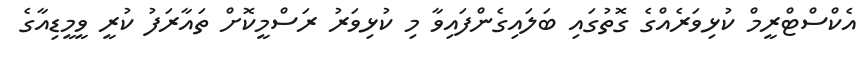
އެކްސްޓްރީމް ކުޅިވަރެއްގެ ގޮތުގައި ބަލައިގެންފައިވާ މި ކުޅިވަރު ރަސްމީކޮށް ތައާރަފު ކުރީ ވީމީޑިއާގެ